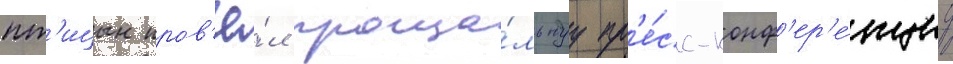
пт'ицын пров'ё́л проща́льнуу пр'е́сс-конф'ер'е́нциу